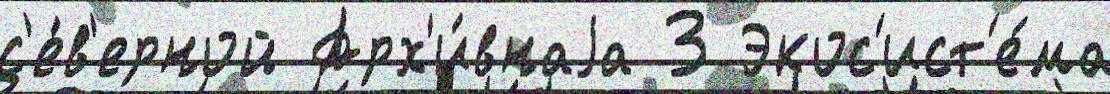
с'е́в'ерной Арх'и́внаjа 3 Экос'ист'е́ма